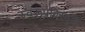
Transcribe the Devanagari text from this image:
स्वरूपविस्मृति